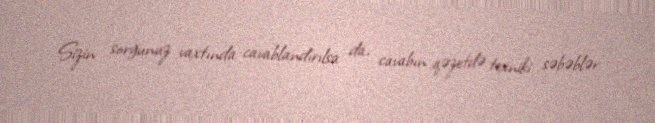
Sizin sorğunuz vaxtında cavablandırılsa da, cavabın qəzetdə texniki səbəblər